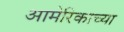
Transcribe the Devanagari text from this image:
आमेरिकाच्या